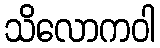
သိလောကဝါ